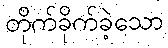
တိုက်ခိုက်ခဲ့သော